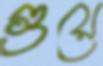
গুয়ে